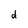
Character: d